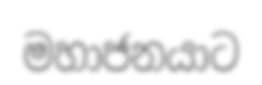
මහාජනයාට